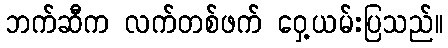
ဘက်ဆီက လက်တစ်ဖက် ဝှေ့ယမ်းပြသည်။